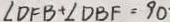
\angle D F B + \angle D B F = 9 0 ^ { \circ }